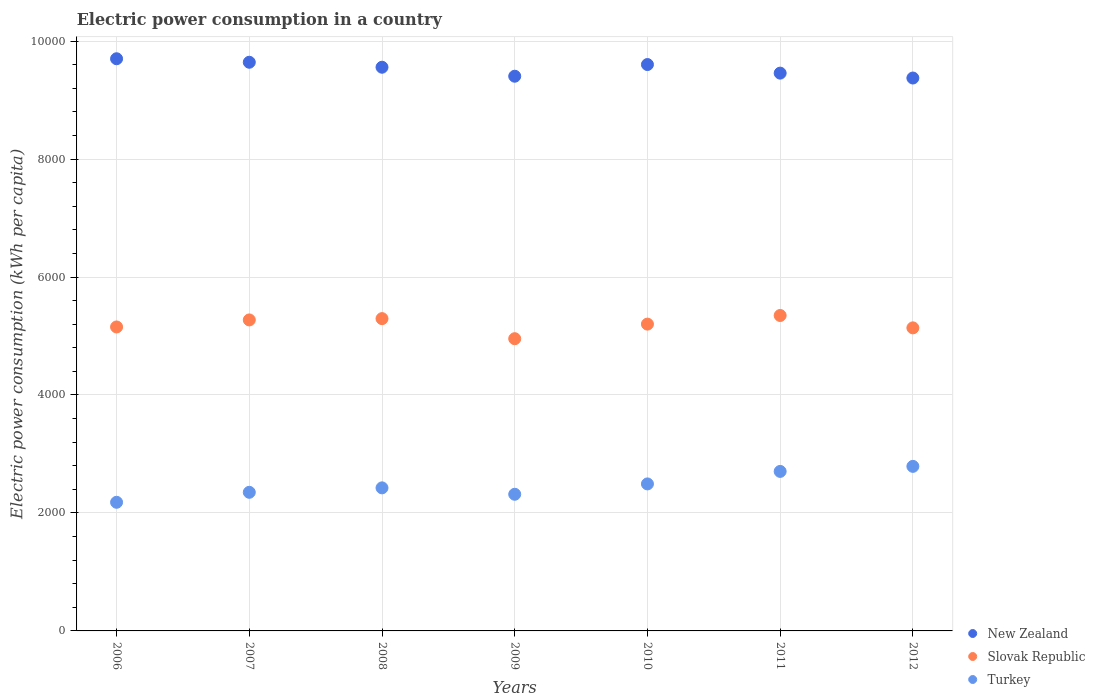
| Years | New Zealand | Slovak Republic | Turkey |
 | --- | --- | --- | --- |
 | 2006 | 9.7e+03 | 5.15e+03 | 2.18e+03 |
 | 2007 | 9.64e+03 | 5.27e+03 | 2.35e+03 |
 | 2008 | 9.56e+03 | 5.29e+03 | 2.43e+03 |
 | 2009 | 9.4e+03 | 4.95e+03 | 2.32e+03 |
 | 2010 | 9.6e+03 | 5.2e+03 | 2.49e+03 |
 | 2011 | 9.46e+03 | 5.35e+03 | 2.7e+03 |
 | 2012 | 9.37e+03 | 5.14e+03 | 2.79e+03 |